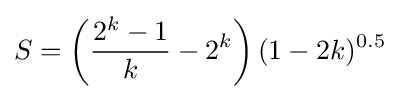
S=\left({\frac {2^{k}-1}{k}}-2^{k}\right)(1-2k)^{0.5}